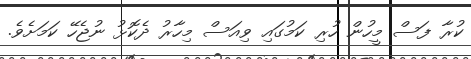
ކުރާ ފަސް މީހުން ހުރި ކަމުގައި ވިއަސް މިހާރު ދެކޮޅު ނުޖެހޭ ކަމަށެވެ.